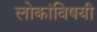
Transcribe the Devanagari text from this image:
लोकांविषयी